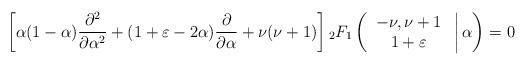
LaTeX: \begin{align*}\left[\alpha(1-\alpha)\frac{\partial^2 }{\partial\alpha^2}+(1+\varepsilon-2\alpha)\frac{\partial }{\partial \alpha}+\nu(\nu+1)\right] {_2}F_1\left(\left. \begin{array}{c}-\nu,\nu+1\ \\1+\varepsilon\ \\\end{array} \right| \alpha\right)=0\end{align*}